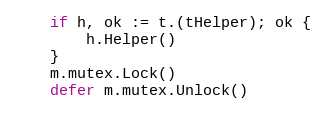
Language: Go
	if h, ok := t.(tHelper); ok {
		h.Helper()
	}
	m.mutex.Lock()
	defer m.mutex.Unlock()